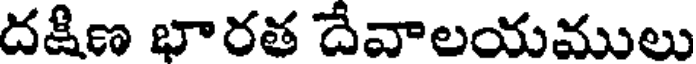
దక్షిణ భారత దేవాలయములు